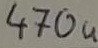
Text: 470u